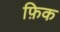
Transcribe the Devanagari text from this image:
फ़िक